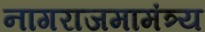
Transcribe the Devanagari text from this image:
नागराजमामंत्र्य